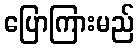
ပြောကြားမည်